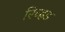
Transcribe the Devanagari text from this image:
रिच्ह्रड